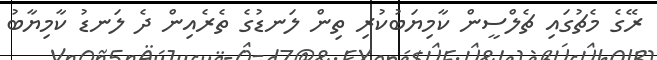
ރޭގެ މެޗުގައި ޗެލްސީން ކާމިޔަބުކުރި ތިން ލަނޑުގެ ތެރެއިން ދެ ލަނޑު ކާމިޔާބު